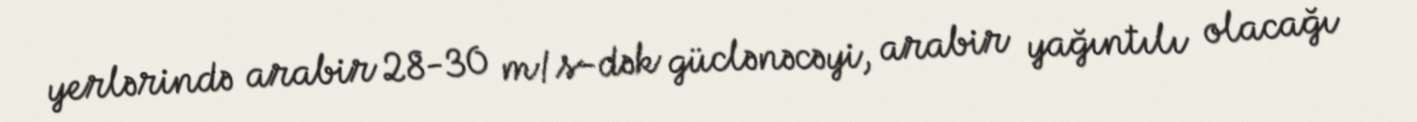
yerlərində arabir 28-30 m/s-dək güclənəcəyi, arabir yağıntılı olacağı